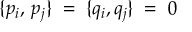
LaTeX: \{ p _ { i } , \, p _ { j } \} \; = \; \{ q _ { i } , q _ { j } \} \; = \; 0